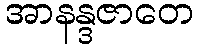
အာနန္ဒဇာတေ